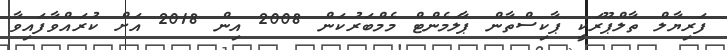
ފަރިޔާލް ތާލްޕޫރަކީ ޕާކިސްތާން ޕާލަމެންޓް މެމްބަރުކަން 2008 އިން 2018 އަށް ކުރައްވާފައިވާ